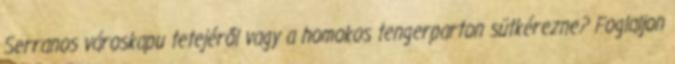
Serranos városkapu tetejéről vagy a homokos tengerparton sütkérezne? Foglaljon